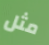
مثل